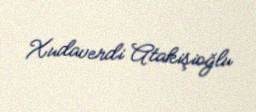
Xudaverdi Atakişioğlu